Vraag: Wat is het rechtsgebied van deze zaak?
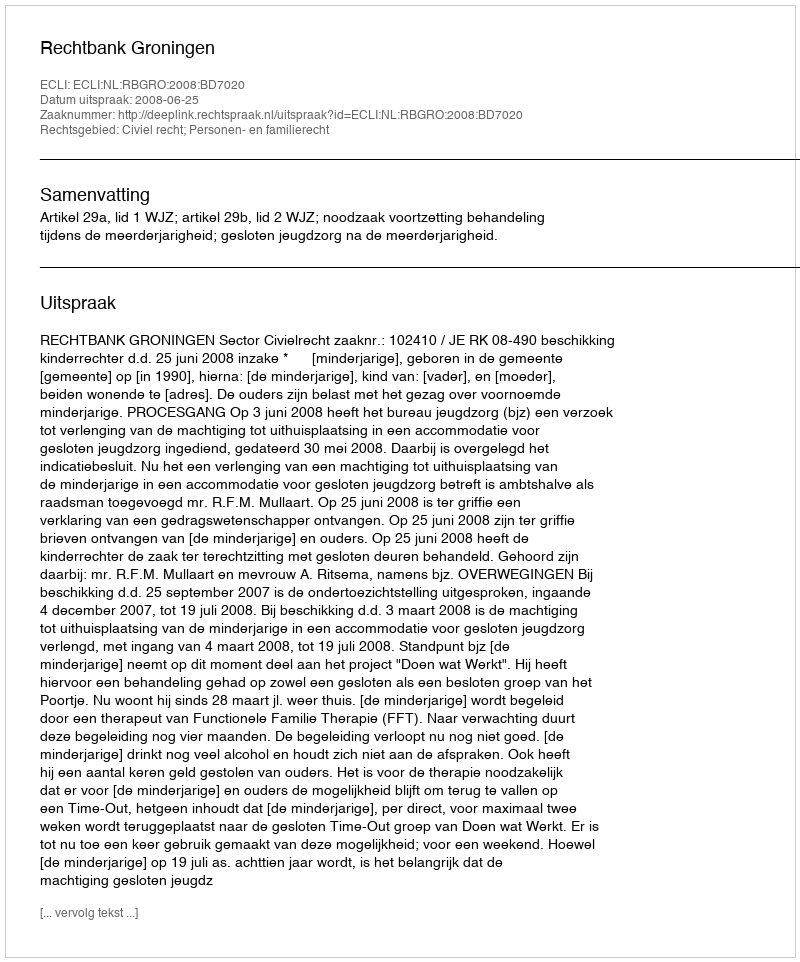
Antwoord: Civiel recht; Personen- en familierecht